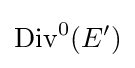
\operatorname {Div} ^{0}(E')